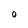
Character: 0